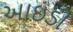
આઇડી